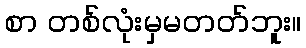
စာ တစ်လုံးမှမတတ်ဘူး။